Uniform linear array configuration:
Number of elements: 4
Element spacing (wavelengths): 1
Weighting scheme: uniform
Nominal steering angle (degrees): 15
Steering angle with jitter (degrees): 14.692
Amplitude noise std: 0.05
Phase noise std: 0.05

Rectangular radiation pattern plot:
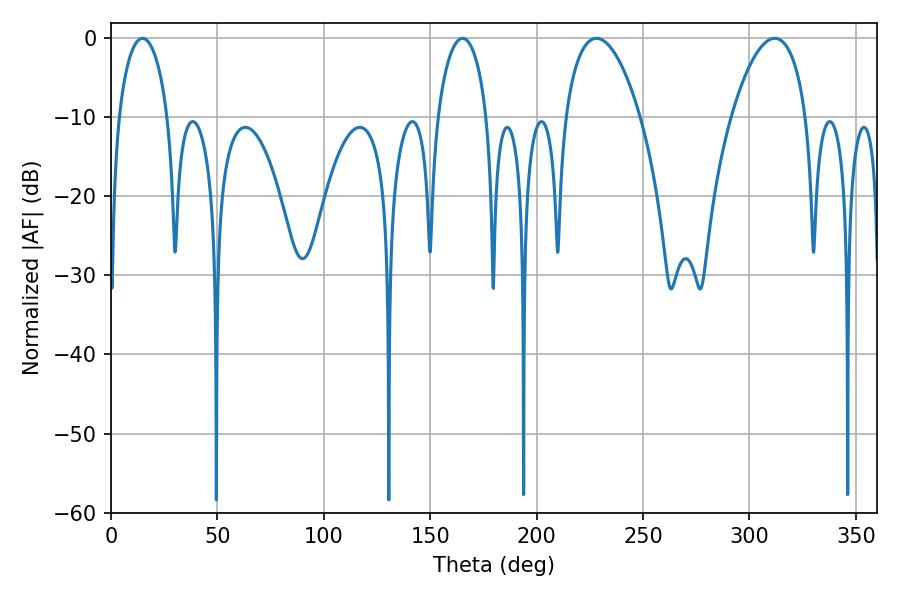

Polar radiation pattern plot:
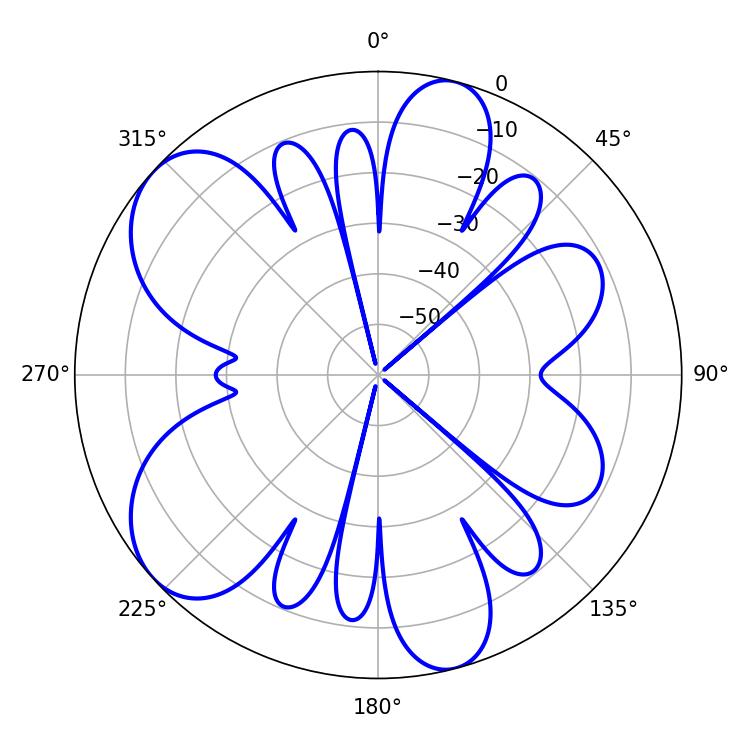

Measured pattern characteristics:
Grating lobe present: TRUE
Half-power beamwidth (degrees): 19.8
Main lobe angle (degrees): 228.06